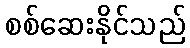
စစ်ဆေးနိုင်သည်